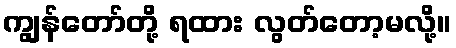
ကျွန်တော်တို့ ရထား လွတ်တော့မလို့။